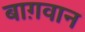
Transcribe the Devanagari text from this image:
बाग़वान